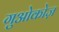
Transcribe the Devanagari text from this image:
गुओकोज़